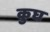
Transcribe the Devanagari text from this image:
कुघ